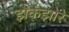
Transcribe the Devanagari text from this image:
झकझोरे